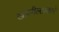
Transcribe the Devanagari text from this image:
खालीलप्रकारे